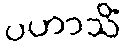
ပဟာသိံ